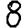
Digit: 8